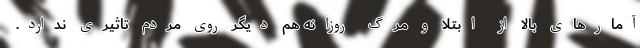
آمارهای بالا از ابتلا و مرگ روزانه هم دیگر روی مردم تاثیری ندارد.